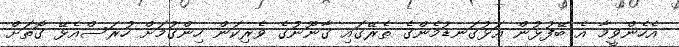
އެހެންވީމާ އެ ބޭފުޅުން އަޅުގަނޑުމެންގެ ތެރޭގައި ގާނޫނުގެ ވެރިކަން ހިންގުމަށް ހުރަސްއެޅޭ ގޮތަށް